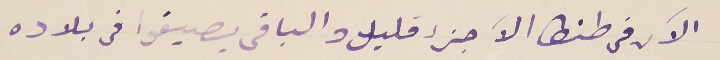
الآن فى طنطا الآ جزء قليلا والباقى بصيفوا فى بلاده